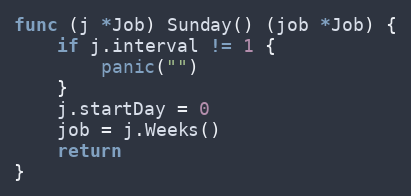
Language: Go
func (j *Job) Sunday() (job *Job) {
	if j.interval != 1 {
		panic("")
	}
	j.startDay = 0
	job = j.Weeks()
	return
}